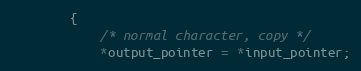
Language: C++
        {
            /* normal character, copy */
            *output_pointer = *input_pointer;